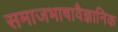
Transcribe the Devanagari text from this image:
समाजभाषावैज्ञानिक